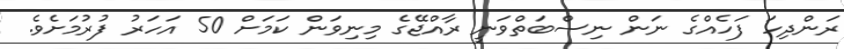
ރަންދިހަ ފަހެއްގެ ނަން ނިސްބަތްވަނީ ރާއްޖޭގެ މިނިވަން ކަމަށް 50 އަހަރު ފުރުމަށެވެ.